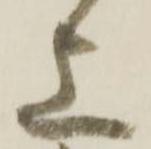
上